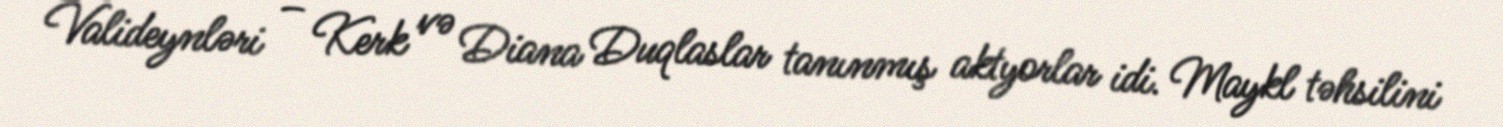
Valideynləri – Kerk və Diana Duqlaslar tanınmış aktyorlar idi. Maykl təhsilini